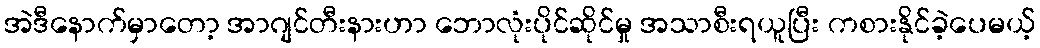
အဲဒီနောက်မှာတော့ အာဂျင်တီးနားဟာ ဘောလုံးပိုင်ဆိုင်မှု အသာစီးရယူပြီး ကစားနိုင်ခဲ့ပေမယ့်